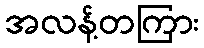
အလန့်တကြား